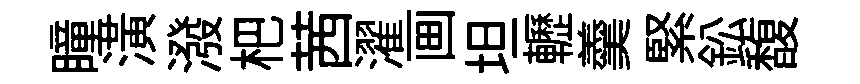
瞳潢潑杷茜濯画坦轣羹緊鈆馥